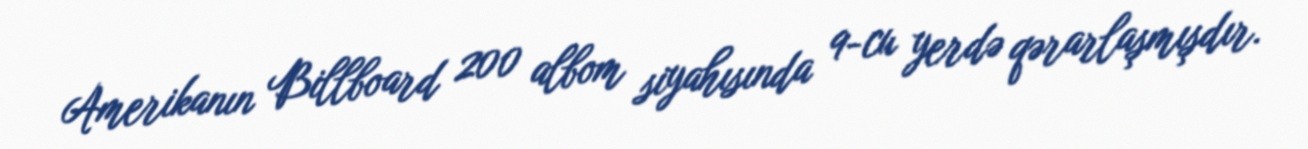
Amerikanın Billboard 200 albom siyahısında 9-cu yerdə qərarlaşmışdır.